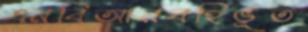
এনবিআরবহির্ভূত